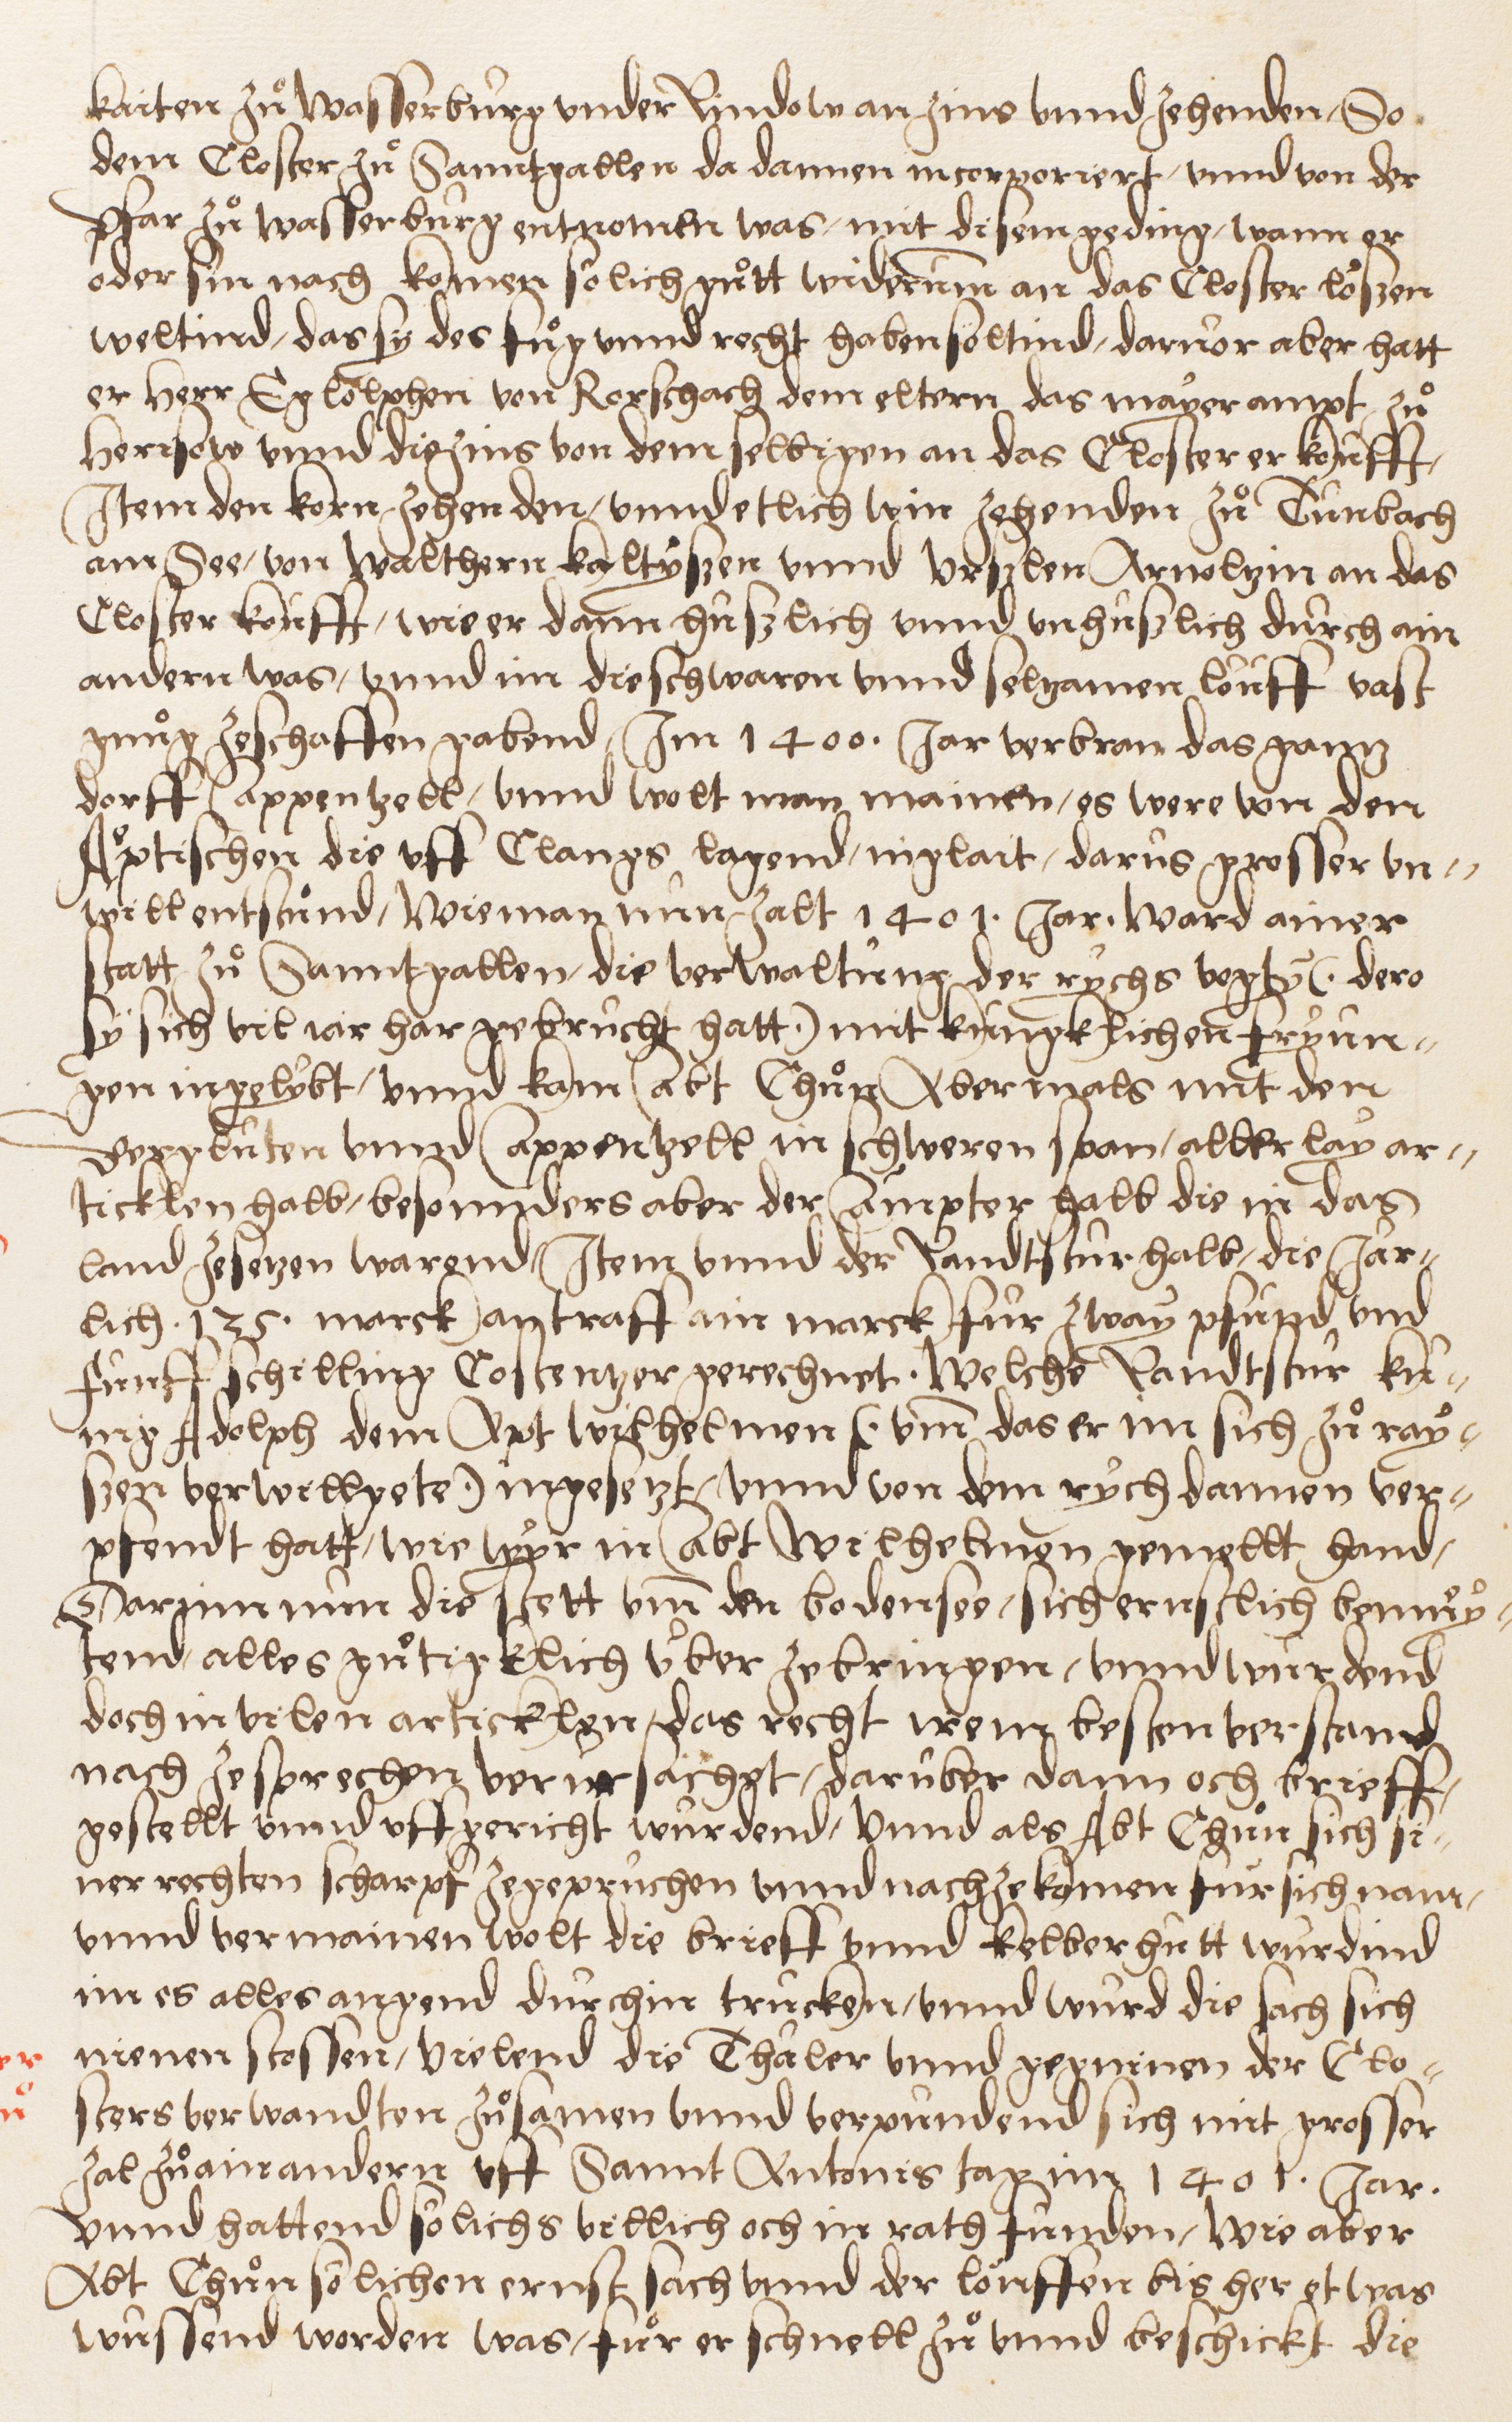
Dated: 1549–1549